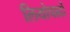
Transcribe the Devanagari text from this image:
लियोपार्दो